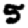
Digit: 5